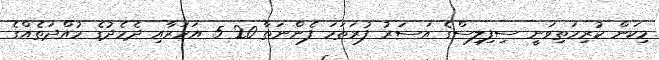
މިކަން ކުރިމަތިވަނީ ސިފިލިސްގެ އަސަރު ފުރަތަމަ ފެންނަތާ 20-5 އަހަރާއި ދެމެދުގެ މުއްދަތެއްގެ